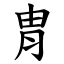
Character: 胄